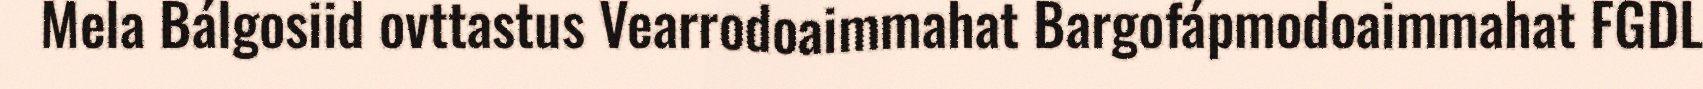
Mela Bálgosiid ovttastus Vearrodoaimmahat Bargofápmodoaimmahat FGDL